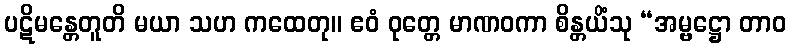
ပဋိမန္တေတူတိ မယာ သဟ ကထေတု။ ဧဝံ ဝုတ္တေ မာဏဝကာ စိန္တယိံသု “အမ္ဗဋ္ဌော တာဝ